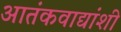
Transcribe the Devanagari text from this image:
आतंकवाद्यांशी